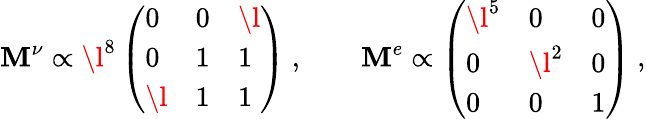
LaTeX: \mathbf M^{\nu}\propto\mathrm{\l^{8}}\left(\begin{array}{lll}{{0}}&{{0}}&{{\l}}\\ {{0}}&{{1}}&{{1}}\\ {{\l}}&{{1}}&{{1}}\end{array}\right)\ ,\qquad\mathbf M^{e}\propto\left(\begin{array}{lll}{{\l^{5}}}&{{0}}&{{0}}\\ {{0}}&{{\l^{2}}}&{{0}}\\ {{0}}&{{0}}&{{1}}\end{array}\right)\ ,